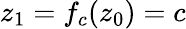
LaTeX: z_{1}=f_{c}(z_{0})=c